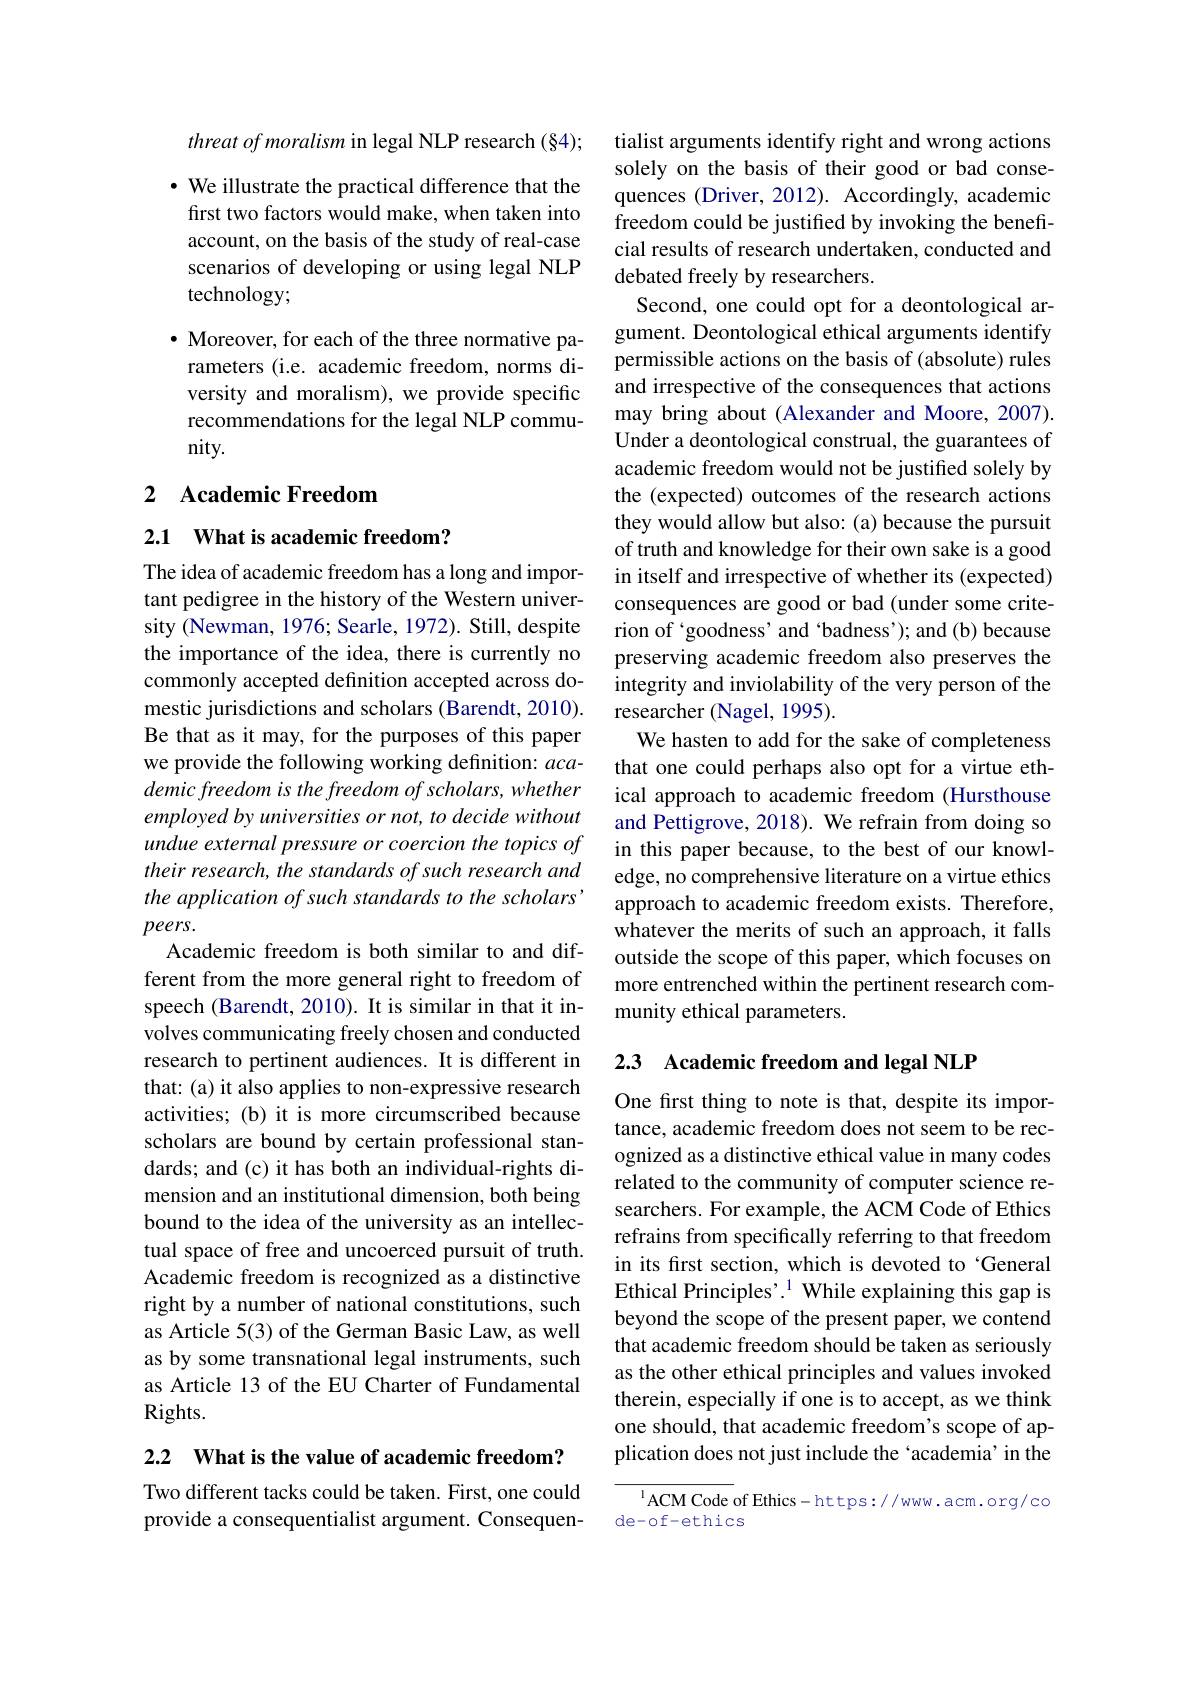
threat of moralism in legal NLP research (§4);

$\cdot$ We illustrate the practical difference that the first two factors would make, when taken into account, on the basis of the study of real-case scenarios of developing or using legal NLP technology;

$\bullet$ Moreover, for each of the three normative parameters (i.e. academic freedom, norms diversity and moralism), we provide specific recommendations for the legal NLP community.

## 2 Academic Freedom

2.1 What is academic freedom?

The idea of academic freedom has a long and important pedigree in the history of the Western university (Newman, 1976; Searle, 1972). Still, despite the importance of the idea, there is currently no commonly accepted definition accepted across domestic jurisdictions and scholars (Barendt, 2010). Be that as it may, for the purposes of this paper we provide the following working definition: academic freedom is the freedom of scholars, whether employed by universities or not, to decide without undue external pressure or coercion the topics of their research, the standards of such research and the application of such standards to the scholars ' $peers.$
Academic freedom is both similar to and different from the more general right to freedom of speech (Barendt, 2010). It is similar in that it involves communicating freely chosen and conducted research to pertinent audiences. It is different in that: (a) it also applies to non-expressive research activities; (b) it is more circumscribed because scholars are bound by certain professional standards; and (c) it has both an individual-rights dimension and an institutional dimension, both being bound to the idea of the university as an intellectual space of free and uncoerced pursuit of truth. Academic freedom is recognized as a distinctive right by a number of national constitutions, such as Article 5(3) of the German Basic Law, as well as by some transnational legal instruments, such as Article 13 of the EU Charter of Fundamental Rights.

2.2 $\textbf{What is the value of academic freedom? }$

Two different tacks could be taken. First, one could provide a consequentialist argument. Consequen-

tialist arguments identify right and wrong actions solely on the basis of their good or bad consequences (Driver, 2012). Accordingly, academic freedom could be justified by invoking the beneficial results of research undertaken, conducted and debated freely by researchers.
Second, one could opt for a deontological argument. Deontological ethical arguments identify permissible actions on the basis of (absolute) rules and irrespective of the consequences that actions may bring about (Alexander and Moore, 2007). Under a deontological construal, the guarantees of academic freedom would not be justified solely by the (expected) outcomes of the research actions they would allow but also: (a) because the pursuit of truth and knowledge for their own sake is a good in itself and irrespective of whether its (expected) consequences are good or bad (under some criterion of 'goodness' and 'badness'); and (b) because preserving academic freedom also preserves the integrity and inviolability of the very person of the researcher (Nagel, 1995).
We hasten to add for the sake of completeness that one could perhaps also opt for a virtue ethical approach to academic freedom (Hursthouse and Pettigrove, 2018). We refrain from doing so in this paper because, to the best of our knowledge, no comprehensive literature on a virtue ethics approach to academic freedom exists. Therefore, whatever the merits of such an approach, it falls outside the scope of this paper, which focuses on more entrenched within the pertinent research community ethical parameters.

2.3 Academic freedom and legal NLP

One frst thing to note is that, despite its importance, academic freedom does not seem to be recognized as a distinctive ethical value in many codes related to the community of computer science researchers. For example, the ACM Code of Ethics refrains from specifically referring to that freedom in its first section, which is devoted to‘General Ethical Principles'. $^{1}$ While explaining this gap is beyond the scope of the present paper, we contend that academic freedom should be taken as seriously as the other ethical principles and values invoked therein, especially if one is to accept, as we think one should, that academic freedom's scope of application does not just include the‘academia’in the

$^{1}$ACM Code of Ethics-https://www.acm.org/co
de-of-ethics